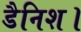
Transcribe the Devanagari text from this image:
डैनिश।